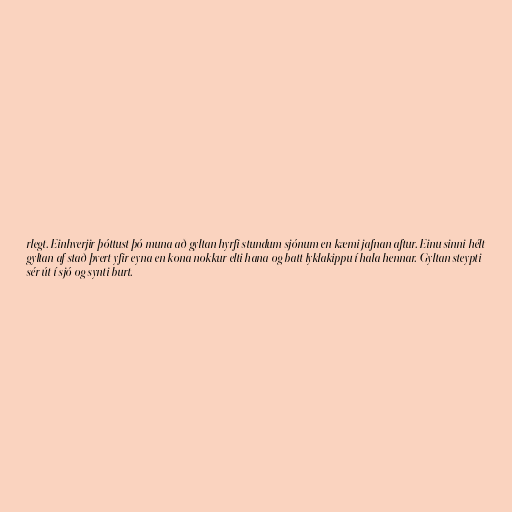
rlegt. Einhverjir þóttust þó muna að gyltan hyrfi stundum sjónum en kæmi jafnan aftur. Einu sinni hélt
gyltan af stað þvert yfir eyna en kona nokkur elti hana og batt lyklakippu í hala hennar. Gyltan steypti
sér út í sjó og synti burt.